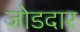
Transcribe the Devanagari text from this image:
जोडदार